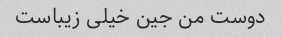
دوست من جین خیلی زیباست